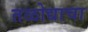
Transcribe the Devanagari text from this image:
तळोद्याचा